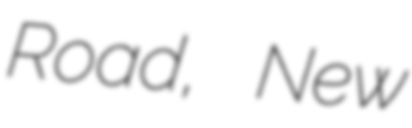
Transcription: Road, New